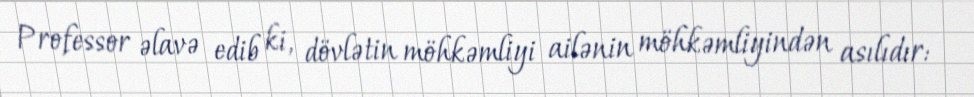
Professor əlavə edib ki, dövlətin möhkəmliyi ailənin möhkəmliyindən asılıdır: